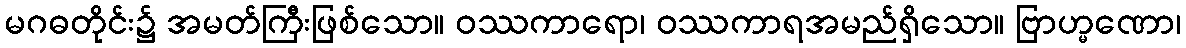
မဂဓတိုင်း၌ အမတ်ကြီးဖြစ်သော။ ဝဿကာရော၊ ဝဿကာရအမည်ရှိသော။ ဗြာဟ္မဏော၊